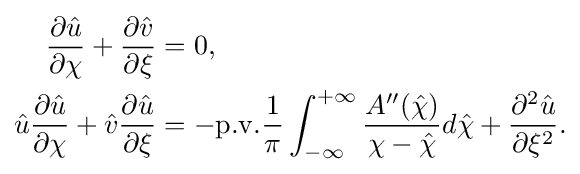
{\begin{aligned}{\frac {\partial {\hat {u}}}{\partial \chi }}+{\frac {\partial {\hat {v}}}{\partial \xi }}&=0,\\{\hat {u}}{\frac {\partial {\hat {u}}}{\partial \chi }}+{\hat {v}}{\frac {\partial {\hat {u}}}{\partial \xi }}&=-\mathrm {p.v.} {\frac {1}{\pi }}\int _{-\infty }^{+\infty }{\frac {A''({\hat {\chi }})}{\chi -{\hat {\chi }}}}d{\hat {\chi }}+{\frac {\partial ^{2}{\hat {u}}}{\partial \xi ^{2}}}.\end{aligned}}